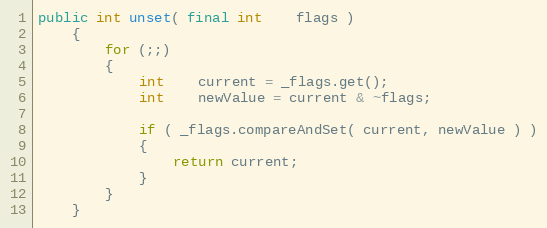
Language: Java
public int unset( final int    flags )
    {
        for (;;)
        {
            int    current = _flags.get();
            int    newValue = current & ~flags;

            if ( _flags.compareAndSet( current, newValue ) )
            {
                return current;
            }
        }
    }